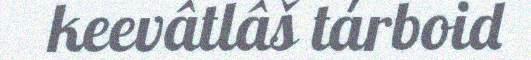
keevâtlâš tárboid